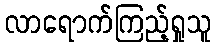
လာရောက်ကြည့်ရှုသူ